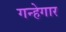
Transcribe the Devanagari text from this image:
गन्हेगार